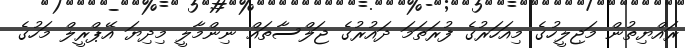
ރައްޔިތުން މަޖިލީހުގެ މިއަހަރުގެ ފުރަތަމަ ދައުރުގެ ޖަލްސާތައް ނިންމާލީ މިދިޔަ އޭޕްރީލް މަހުގެ